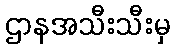
ဌာနအသီးသီးမှ